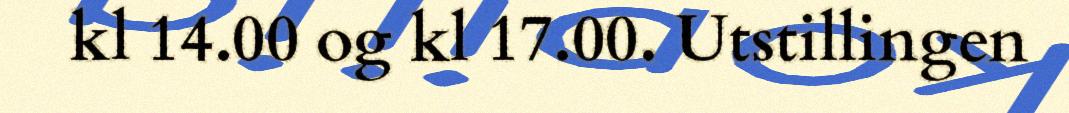
kl 14.00 og kl 17.00. Utstillingen